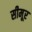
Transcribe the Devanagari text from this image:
सीमूर